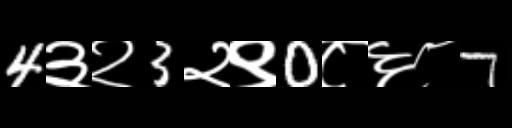
Text: 4३२3२९0८६८7